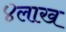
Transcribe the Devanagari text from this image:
४लाख